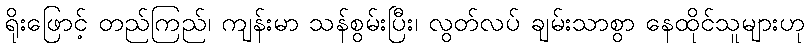
ရိုးဖြောင့် တည်ကြည်၊ ကျန်းမာ သန်စွမ်းပြီး၊ လွတ်လပ် ချမ်းသာစွာ နေထိုင်သူများဟု